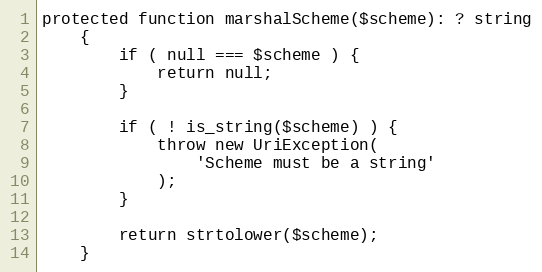
Language: PHP
protected function marshalScheme($scheme): ? string
    {
        if ( null === $scheme ) {
            return null;
        }

        if ( ! is_string($scheme) ) {
            throw new UriException(
                'Scheme must be a string'
            );
        }

        return strtolower($scheme);
    }